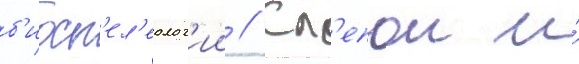
б'иосп'ел'еолог'ии // Сл'епои и́